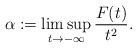
LaTeX: \begin{align*}\alpha:=\limsup_{t \to -\infty} \frac{F(t)}{t^2}.\end{align*}